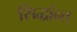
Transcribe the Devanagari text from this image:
सिद्धांन्त